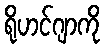
ရိုဟင်ဂျာကို